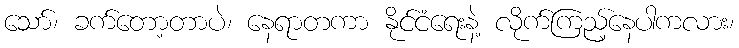
သော်၊ ခက်တော့တာပဲ၊ နေရာတကာ နိုင်ငံရေးနဲ့ လိုက်ကြည့်နေပါကလား၊